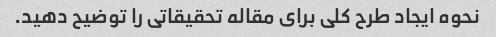
نحوه ایجاد طرح کلی برای مقاله تحقیقاتی را توضیح دهید.